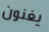
يغنون